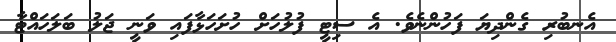
އެނބުރި ގެންދިޔަ ފަހުންނެވެ. އެ ސިޓީ ފުލުހަށް ހުށަހަޅާފައި ވަނީ ޖަލު ބަލަހައްޓާ